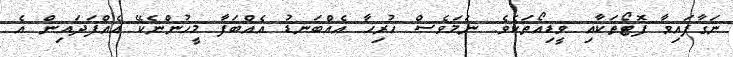
ނަގާފައިވާ ފޮޓޯތަކާއި ވީޑިއޯތަކެވެ. ނަމަވެސް ހުރިހާ އެއްބަނޑު އެއްބަފާ މީހުންނެކޭ އެއްފަދައިން އެ